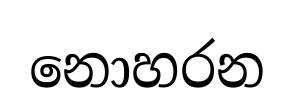
නොහරන